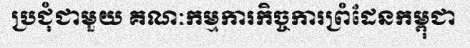
ប្រជុំជាមួយ គណៈកម្មការកិច្ចការព្រំដែនកម្ពុជា